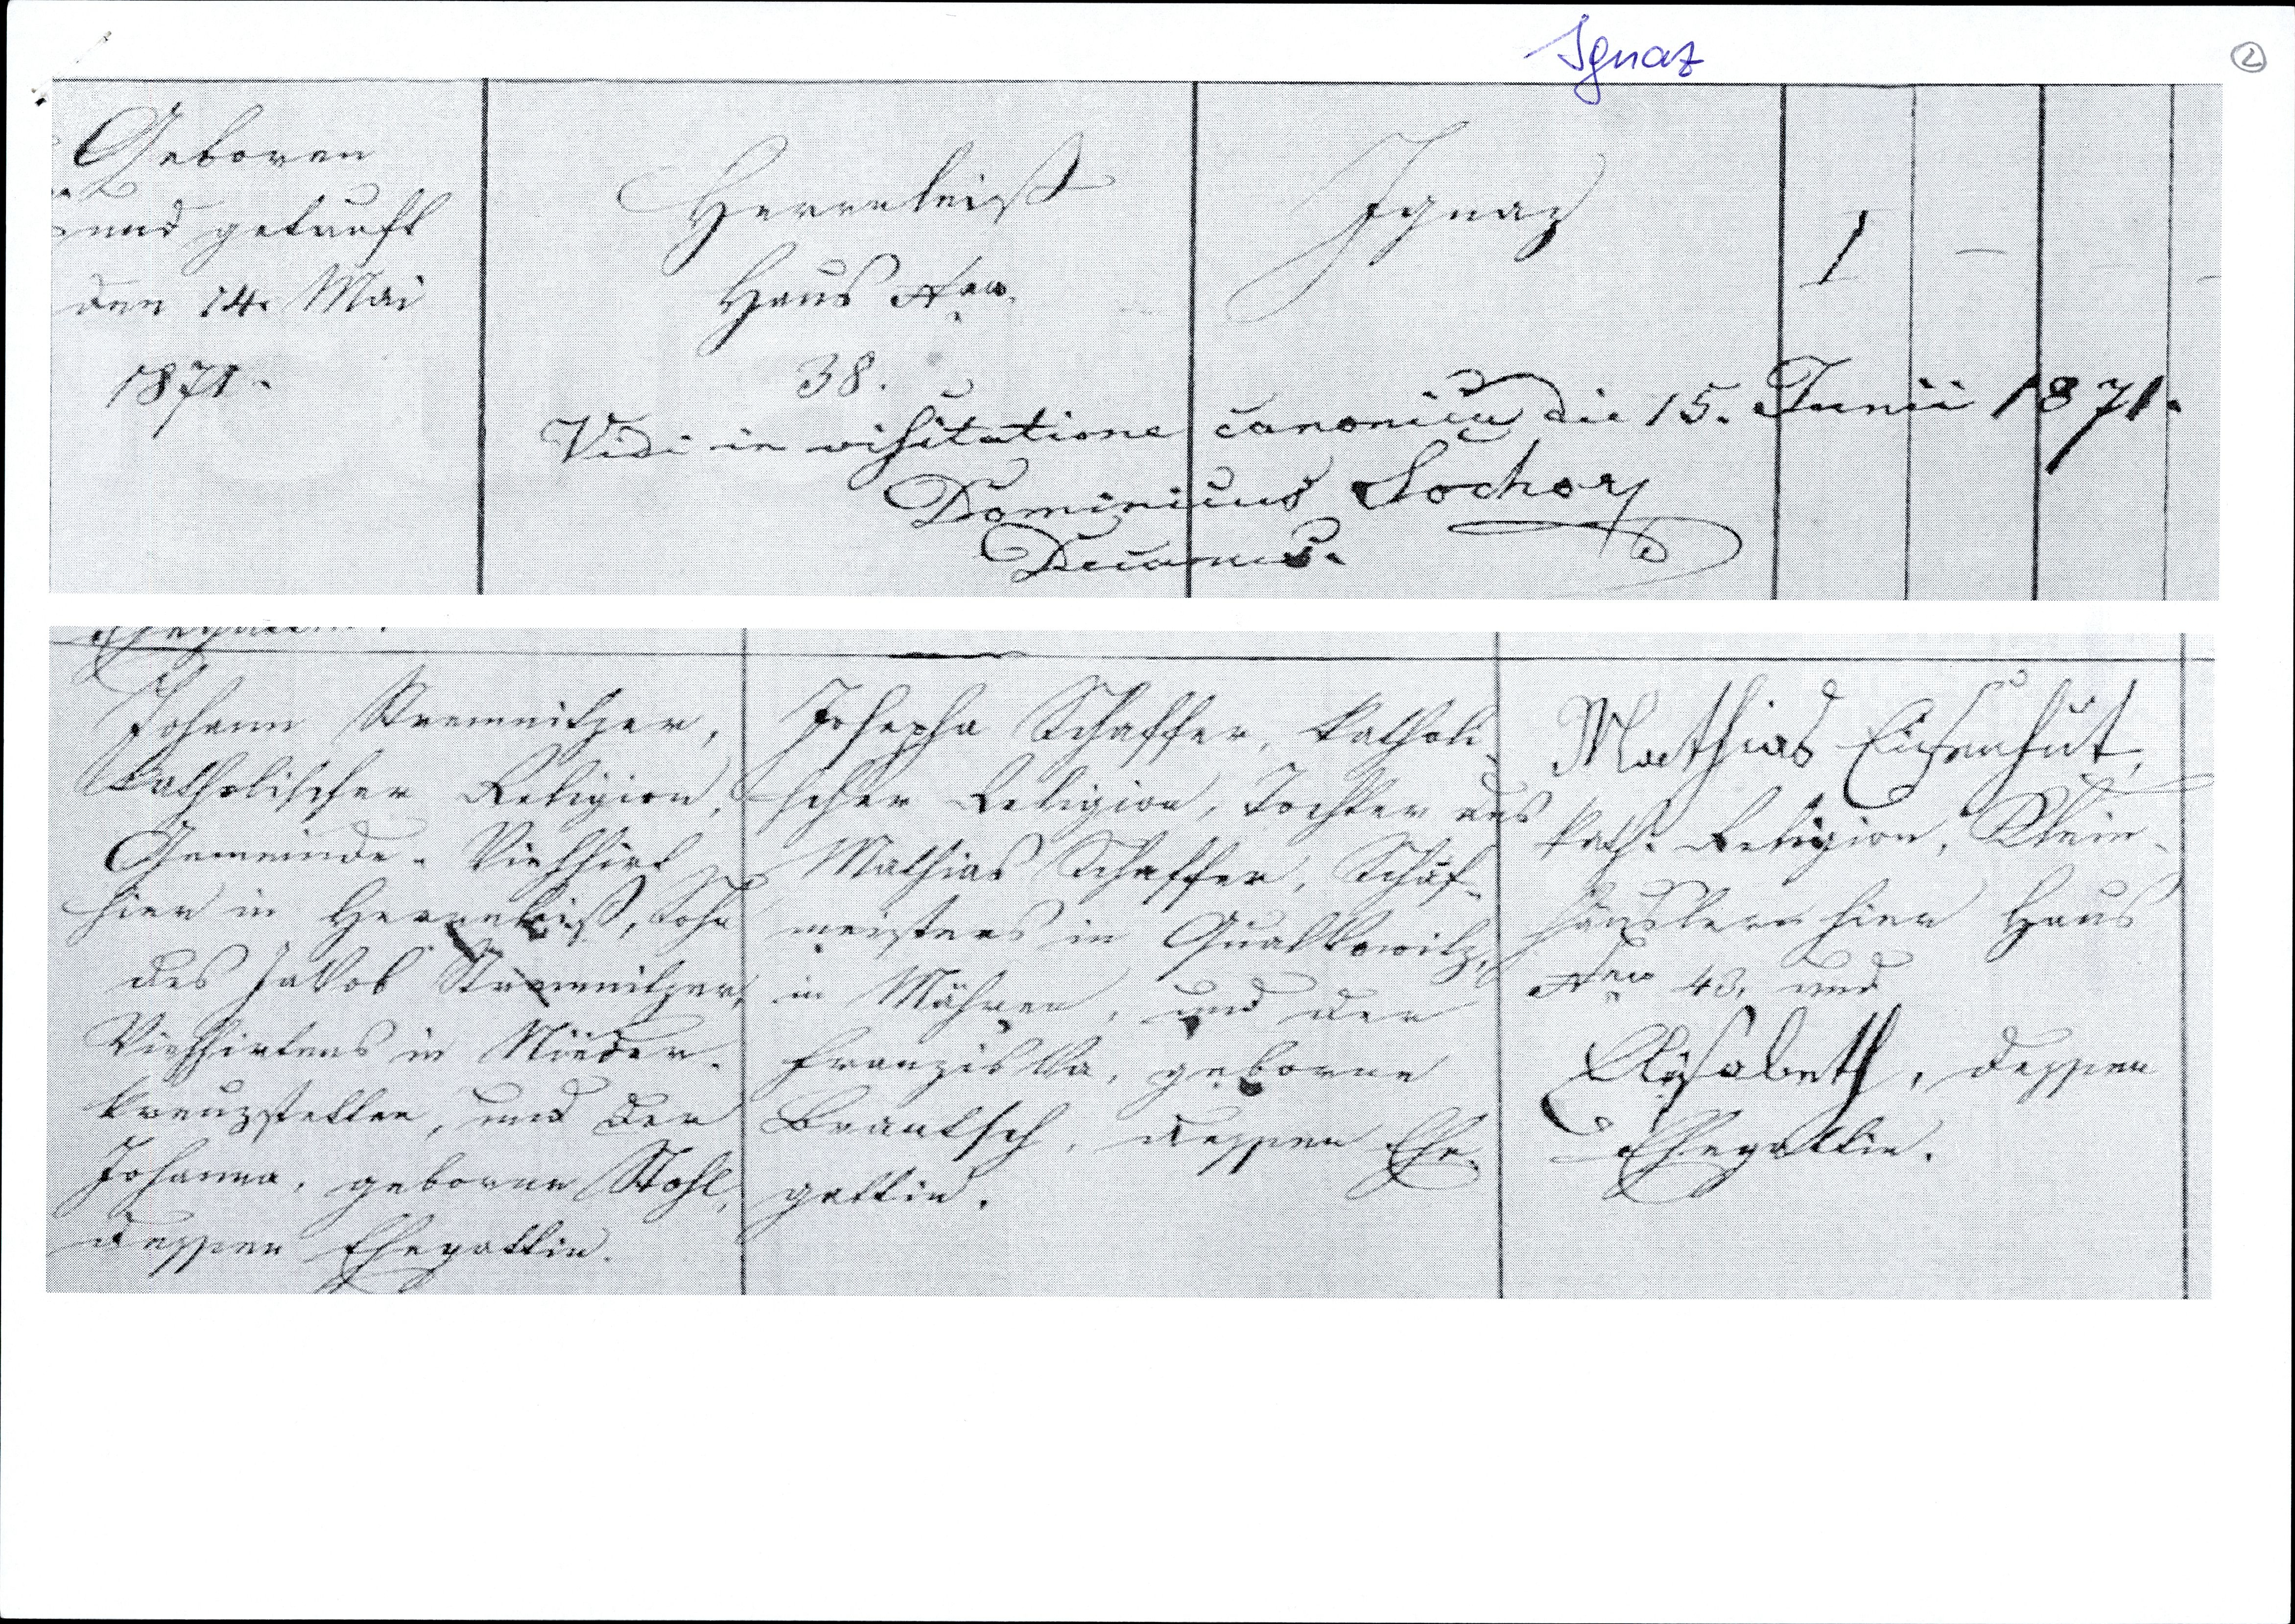
Geboren
und getauft
den 14. Mai
1871

Herrnleiß
Haus Nro
38.
Ignaz
Vidi in visititatione canonica die 15. Juni 1871
Dominicus Sochory
Decanus

Josepha Schaffer, katholi¬
scher Religion, Tochter des
Mathias Schaffer, Schaf¬
meisters in Qualkowitz
in Mähren, und der
Franziska, geborene
Brantsch, dessen Ehe¬
gattin.

Johann Strewitzer,
katholischer Religion,
Gemeinde, Viehirt
hier in Herrnkiß, Sohn
des Jakob Strewitzer,
Viehhirtens in Nieder¬
königsstetten, und der
Johanna, geborene Stohl,
dessen Ehegattin.

Mathias Eisenhut,
kath. Religion, Klein¬
häusler hier Haus
Nro 43, und
Elisabeth, dessen
Ehegattin.